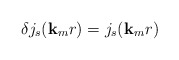
\begin{align*}\delta j_{s}({\bf{k}}_{m}r) = j_{s}({\bf{k}}_{m}r)\end{align*}